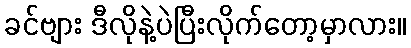
ခင်ဗျား ဒီလိုနဲ့ပဲပြီးလိုက်တော့မှာလား။